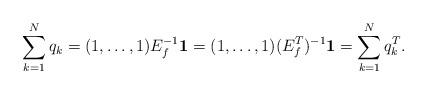
LaTeX: \begin{align*} \sum_{k=1}^N q_k = (1,\dots,1) E_f^{-1} \boldsymbol{1} = (1,\dots,1) (E_f^T)^{-1} \boldsymbol{1} = \sum_{k=1}^N q_k^T.\end{align*}